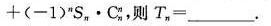
+ ( - 1)^{n} S_{n} \cdot C_{n}^{m}$$,则T_{n}=___.